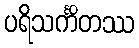
ပရိသင်္ကိတဿ